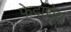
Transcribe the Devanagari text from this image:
फेदारोव